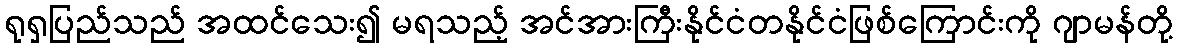
ရုရှပြည်သည် အထင်သေး၍ မရသည့် အင်အားကြီးနိုင်ငံတနိုင်ငံဖြစ်ကြောင်းကို ဂျာမန်တို့